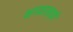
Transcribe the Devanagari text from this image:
भगवान्‌को